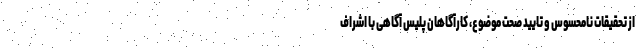
از تحقیقات نامحسوس و تایید صحت موضوع، کارآگاهان پلیس آگاهی با اشراف